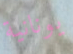
يونانية